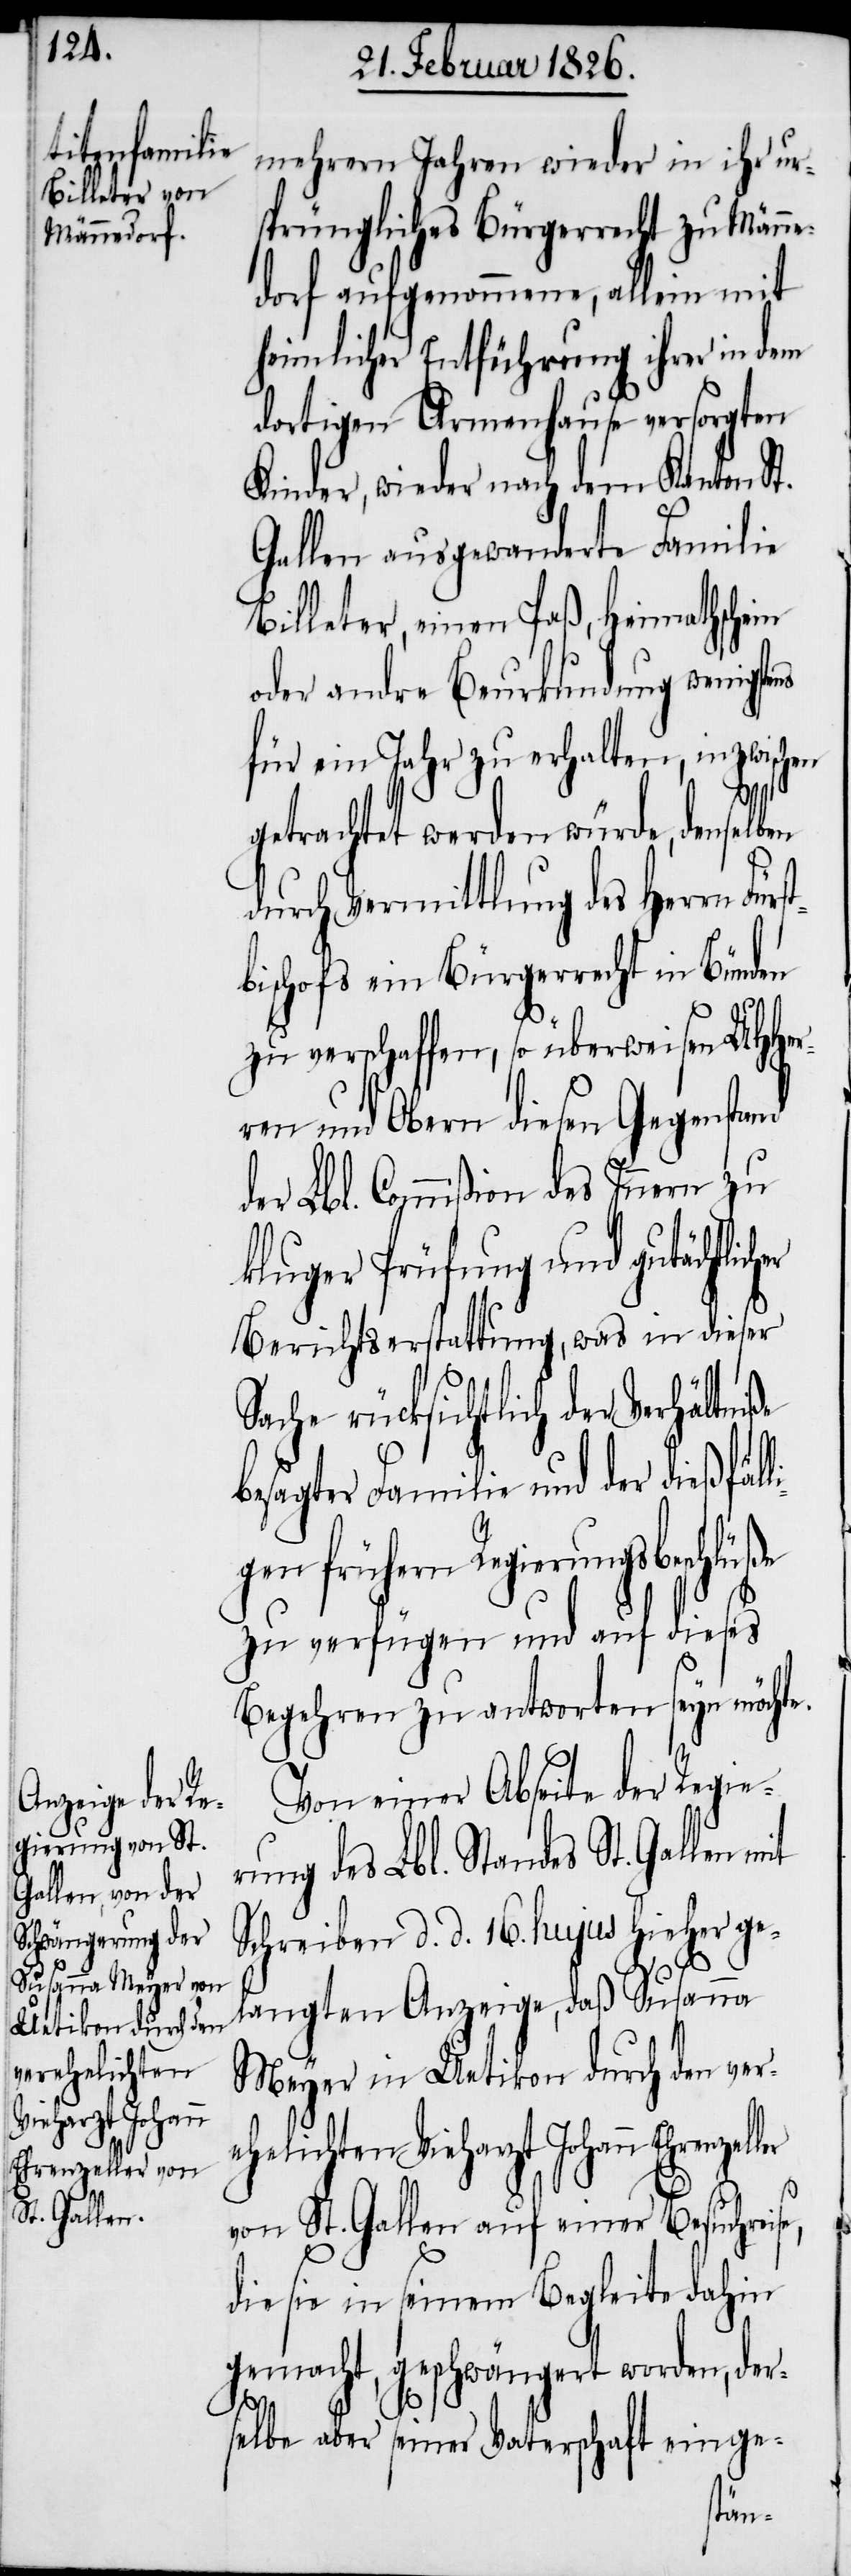
ehelichten
Vieharzt Johann
Ehrenzeller v¬

mehrern Jahren wieder in ihr ur¬
sprüngliches Bürgerrecht zu Männe¬
dorf aufgenommene, allein mit
heimlicher Entführung ihrer in dem
dortigen Armenhause versorgten
Kinder, wieder nach dem Kanton St.
Gallen ausgewanderte Familie
Billeter, einen Paß, Heimathschein
oder andre Beurkundung wenigs¬
für ein Jahr zu erhalten, inzwischen
getrachtet werden würde, denselb¬
durch Vermittlung des Herrn Für¬
bischofs ein Bürgerrecht in Bünden
zu verschaffen, so überweisen UHHer¬
ren und Obern diesen Gegenstand
der Lbl. Commißion des Innern zu
kluger Prüfung und gutächtlic¬
Berichtserstattung, was in dieser
Sache rücksichtlich der Verhältn¬
iße
besagter Familie und der dießfäll¬
igen frühern Regierungsbeschlüße
zu verfügen und auf dieses
Begehren zu antworten seyn möchte.
Von einer Abseite der Regie¬
rung des Lbl. Standes St. Gallen mit
Schreiben d. d. 16. hujus hieher ge¬
langten Anzeige, daß Susanna
Meyer in Uetikon durch den ver¬
on St. Gallen auf einer Besuchreise,
die sie in seinem Begleite dahin
gemacht, geschwängert worden, der¬
selbe aber seiner Vaterschaft einge-
tens